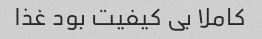
کاملا بی کیفیت بود غذا